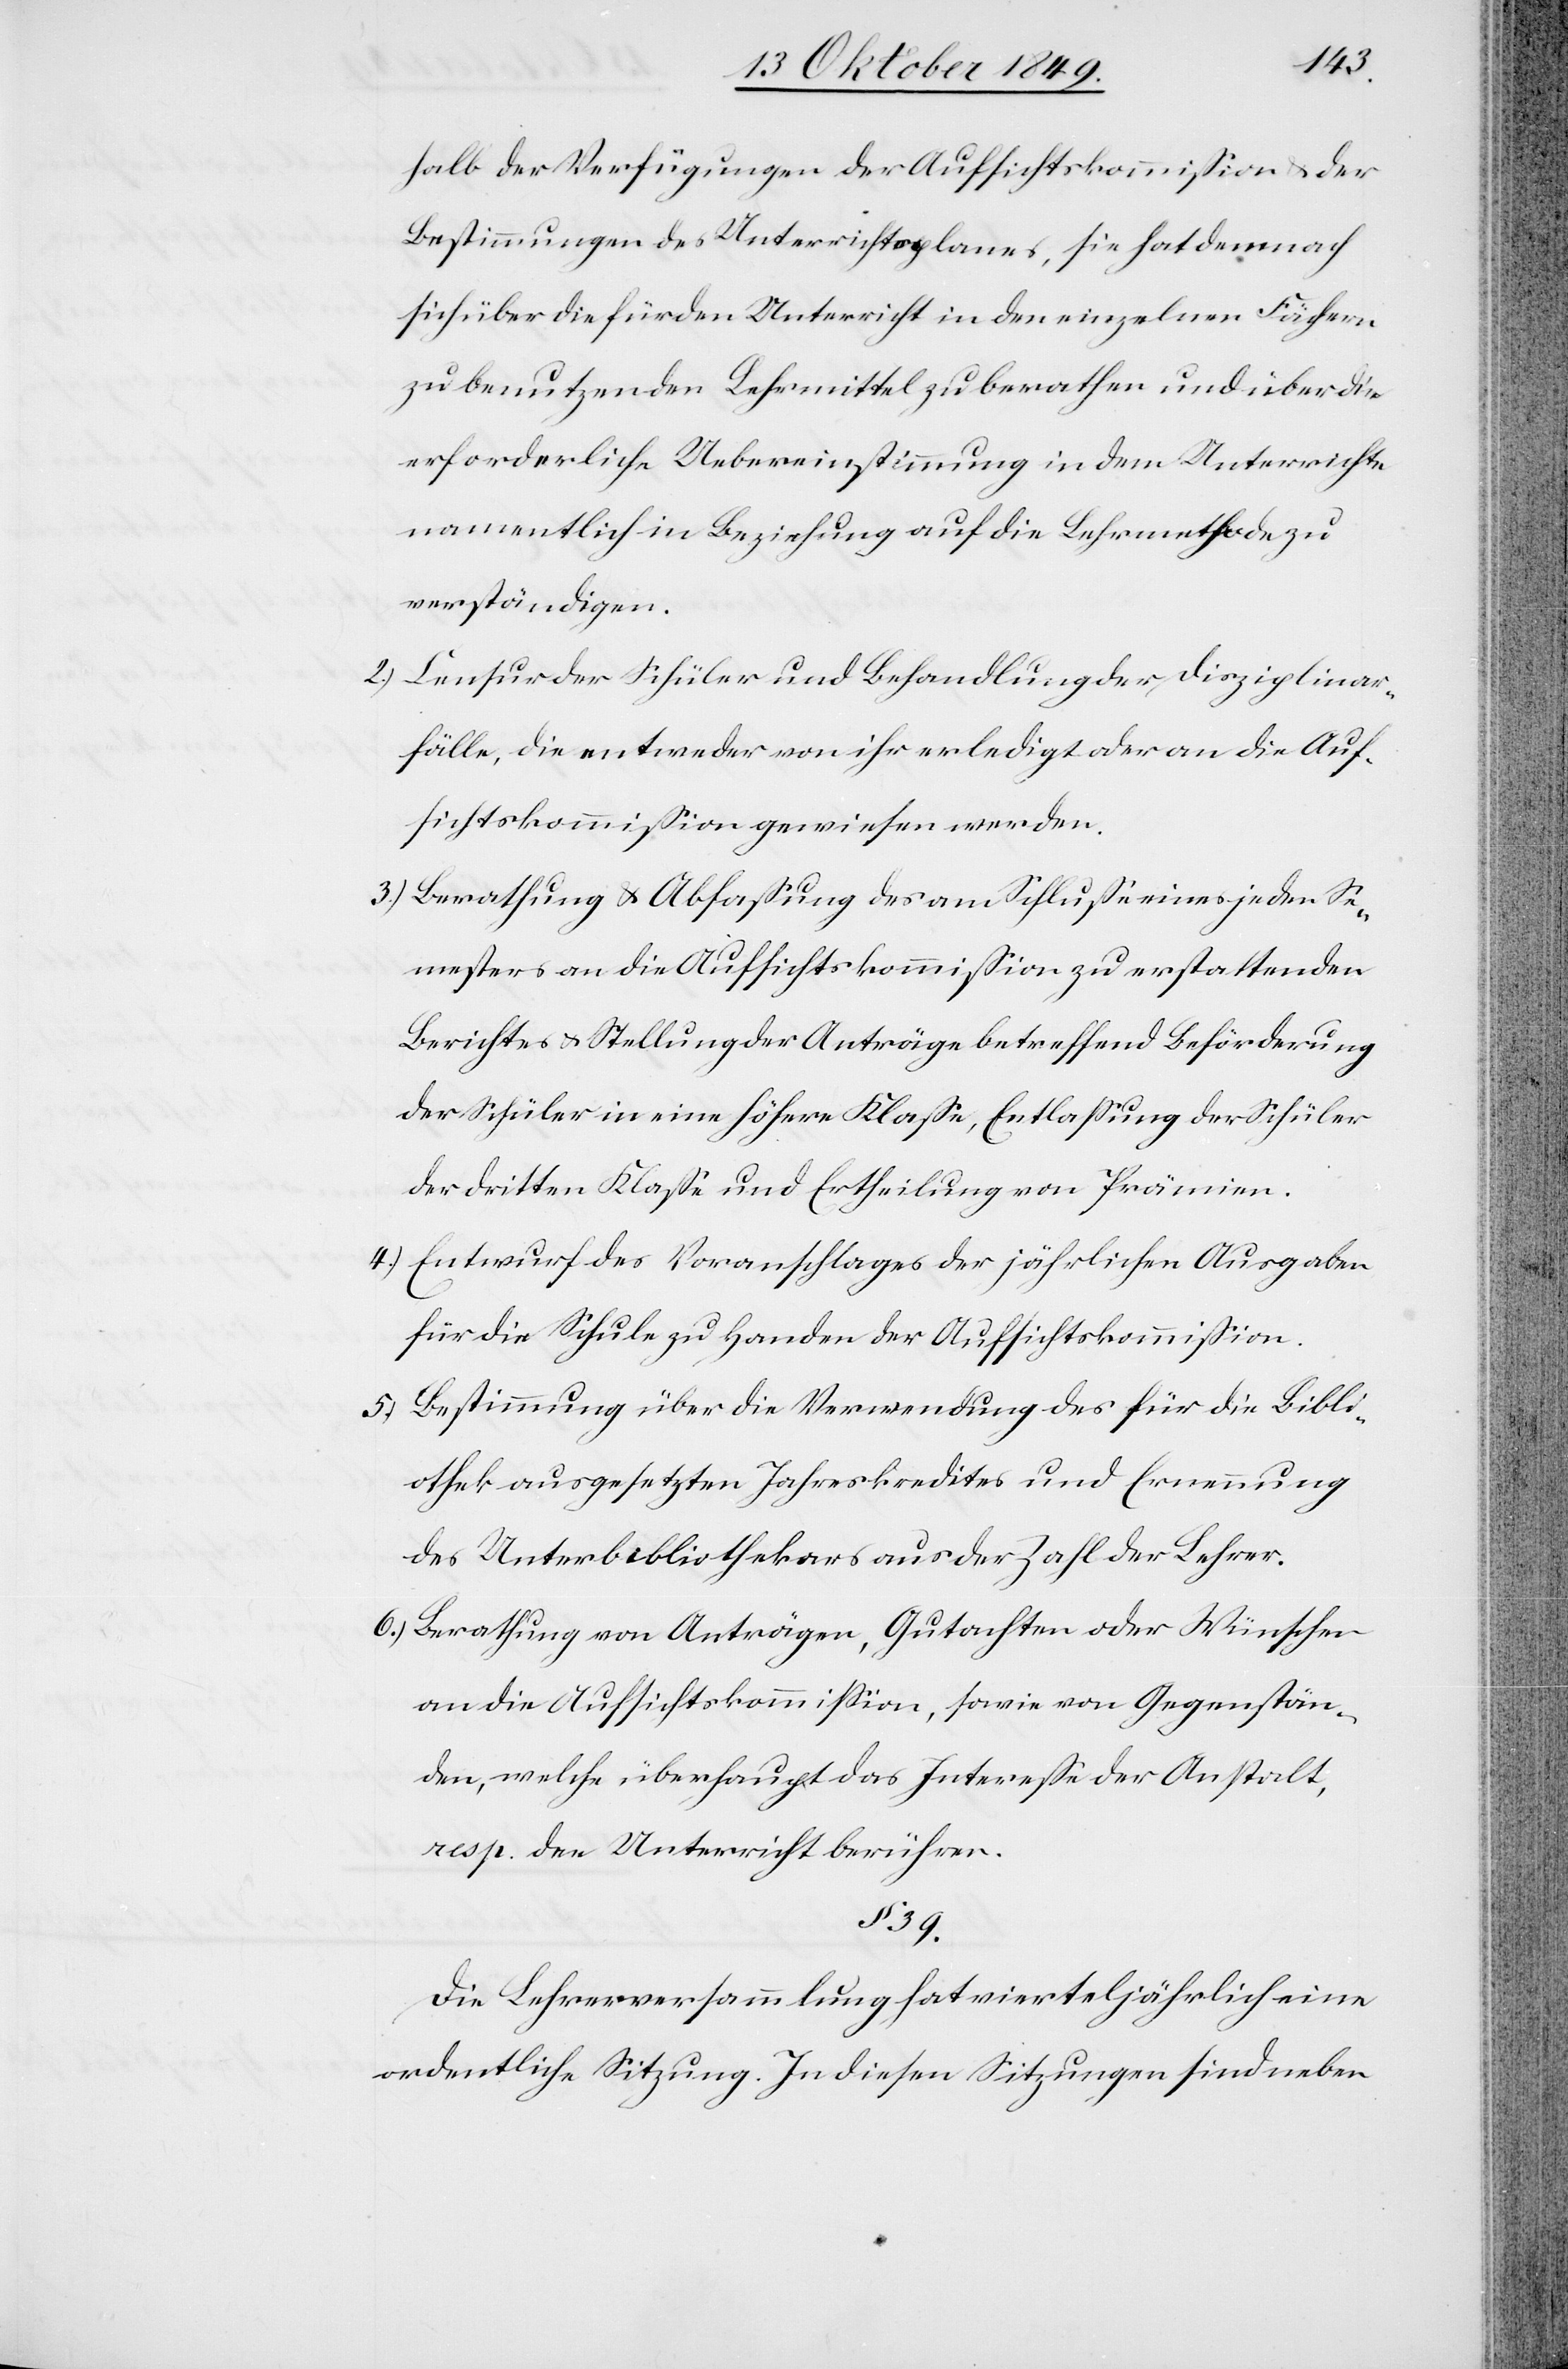
halb der Verfügungen der Aufsichtskommißion u. der
Bestimmungen des Unterrichtsplanes, sie hat demnach
sich über die für den Unterricht in den einzelnen Fächern
zu benutzenden Lehrmittel zu berathen und über die
erforderliche Uebereinstimmung in dem Unterrichte
namentlich in Beziehung auf die Lehrmethode zu
verständigen.
2.) Censur der Schüler und Behandlung der Disziplinar¬
fälle, die entweder von ihr erledigt oder an die Auf¬
sichtskommißion gewiesen werden.
3.) Berathung u. Abfaßung des am Schluße eines jeden Se¬
mesters an die Aufsichtskommißion zu erstattenden
Berichtes u. Stellung der Anträge betreffend Beförderung
der Schüler in eine höhere Klaße, Entlaßung der Schüler
der dritten Klaße und Ertheilung von Prämien.
4.) Entwurf des Voranschlages der jährlichen Ausgaben
für die Schule zu Handen der Aufsichtskommißion.
5.) Bestimmung über die Verwendung des für die Bibli¬
othek ausgesetzten Jahreskredites und Ernennung
des Unterbibliothekars aus der Zahl der Lehrer.
6.) Berathung von Anträgen, Gutachten oder Wünschen
an die Aufsichtskommißion, sowie von Gegenstän¬
den, welche überhaupt das Intereße der Anstalt,
resp. den Unterricht berühren.
§ 39.
Die Lehrerversammlung hat vierteljährlich eine
ordentliche Sitzung. In diesen Sitzungen sind neben